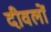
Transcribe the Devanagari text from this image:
दीवलों